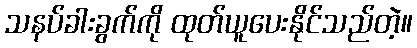
သနပ်ခါးခွက်ကို ထုတ်ယူပေးနိုင်သည်တဲ့။